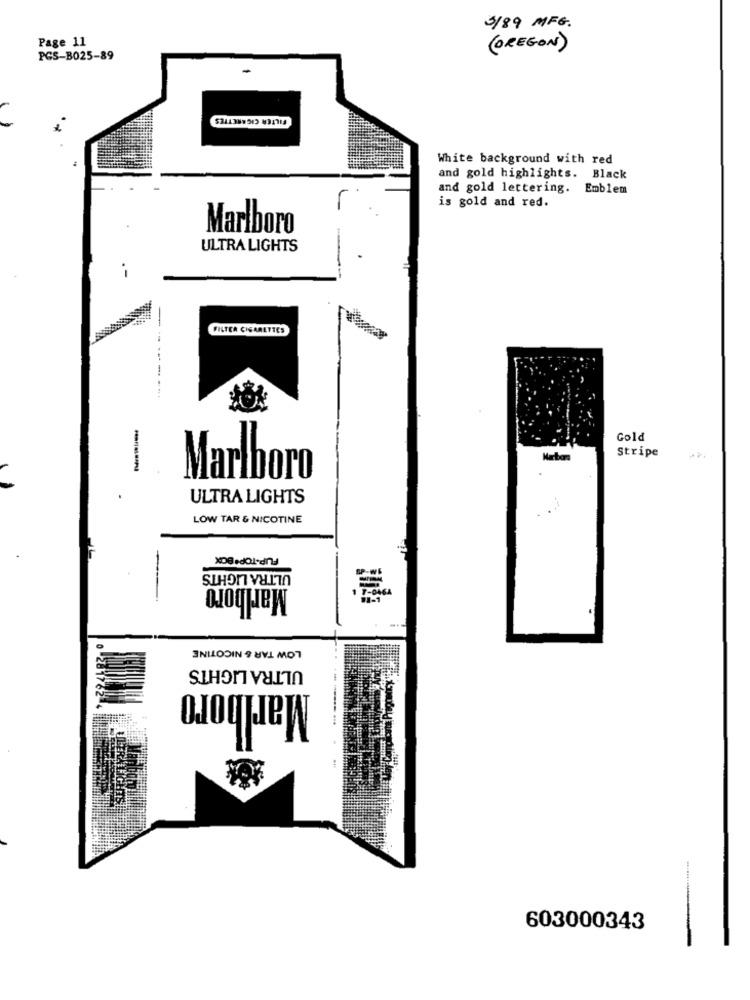
3/89 MFG.
Page 11
( OREGON)
PGS-B025-89
FILTER CIGARETTES
White background with red
and gold highlights. Black
and gold lettering. Emblem
is gold and red.
Marlboro
ULTRA LIGHTS
FILTER CIGARETTES
Gold
Stripe
Marlboro
ULTRA LIGHTS
LOW TAR & NICOTINE
FUP-TOP BOX
ULTRA LIGHTS
Marlboro
LOW TAR & NICOTINE
ULTRA LIGHTS
Marlboro
Mar Copy
603000343